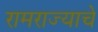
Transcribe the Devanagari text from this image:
रामराज्याचे